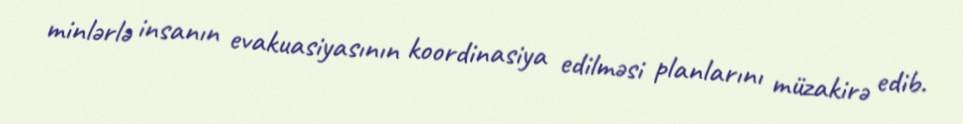
minlərlə insanın evakuasiyasının koordinasiya edilməsi planlarını müzakirə edib.